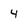
Character: 4